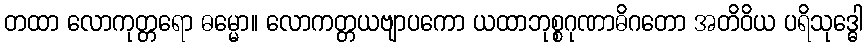
တထာ လောကုတ္တရော ဓမ္မော။ လောကတ္တယဗျာပကော ယထာဘုစ္စဂုဏာဓိဂတော အတိဝိယ ပရိသုဒ္ဓေါ